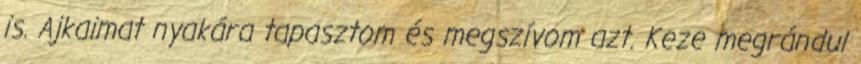
is. Ajkaimat nyakára tapasztom és megszívom azt. Keze megrándul